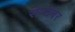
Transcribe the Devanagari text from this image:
सेप्टेंबर